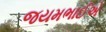
જયમભાઈએ